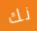
نك